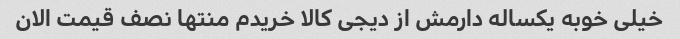
خیلی خوبه یکساله دارمش از دیجی کالا خریدم منتها نصف قیمت الان